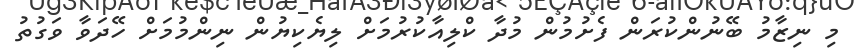
މި ނިޒާމު ބޭނުންކުރަން ފެށުމުން މުދާ ކްލިއާކުރުމަށް ލިޔެކިޔުން ނިންމުމަށް ހޭދަވާ ވަގުތު